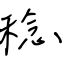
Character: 稔